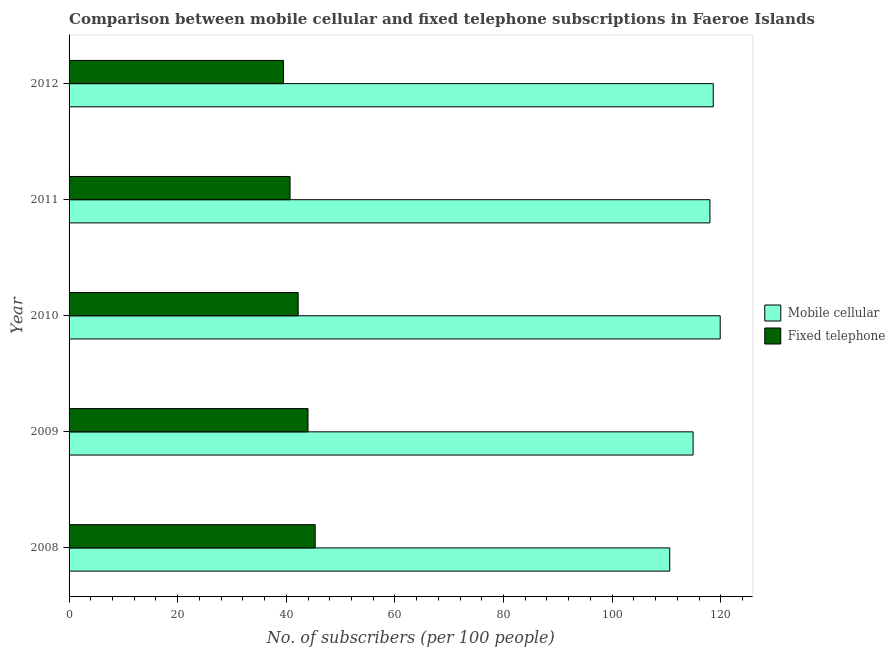
| Year | Mobile cellular | Fixed telephone |
 | --- | --- | --- |
 | 2008 | 111 | 45.3 |
 | 2009 | 115 | 44 |
 | 2010 | 120 | 42.2 |
 | 2011 | 118 | 40.7 |
 | 2012 | 119 | 39.5 |